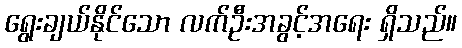
ရွေးချယ်နိုင်သော လက်ဦးအခွင့်အရေး ရှိသည်။